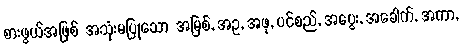
စားဖွယ်အဖြစ် အသုံးမပြုသော အမြစ်, အဥ, အဖု, ပင်စည်, အပွေး, အခေါက်, အကာ,